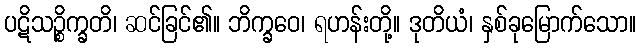
ပဋိသဉ္စိက္ခတိ၊ ဆင်ခြင်၏။ ဘိက္ခဝေ၊ ရဟန်းတို့။ ဒုတိယံ၊ နှစ်ခုမြောက်သော။